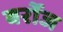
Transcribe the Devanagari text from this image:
बर्रोज